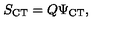
S _ { \mathrm { C T } } = Q \Psi _ { \mathrm { C T } } ,